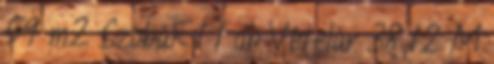
59 m2 Szobák 1 1 db Vételár 38,12 M